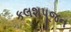
કલશપૂજન